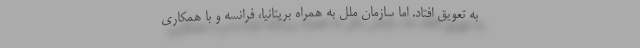
به تعویق افتاد. اما سازمان ملل به همراه بریتانیا، فرانسه و با همکاری